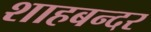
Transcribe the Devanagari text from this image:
शाहबन्दर